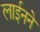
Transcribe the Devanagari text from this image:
लाईनने